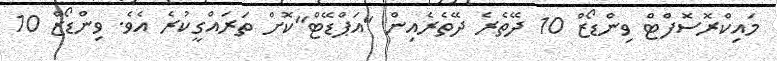
މައިކްރޮސޮފްޓް ވިންޑޯޒް 10 ދޭތެރެ ދޭތެރެއިން "އަޕްޑޭޓް"ކޮށް ތަރައްގީކުރެ އެވެ. ވިންޑޯޒް 10